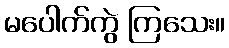
မပေါက်ကွဲ ကြသေး။